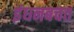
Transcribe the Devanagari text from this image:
इंधनबचत